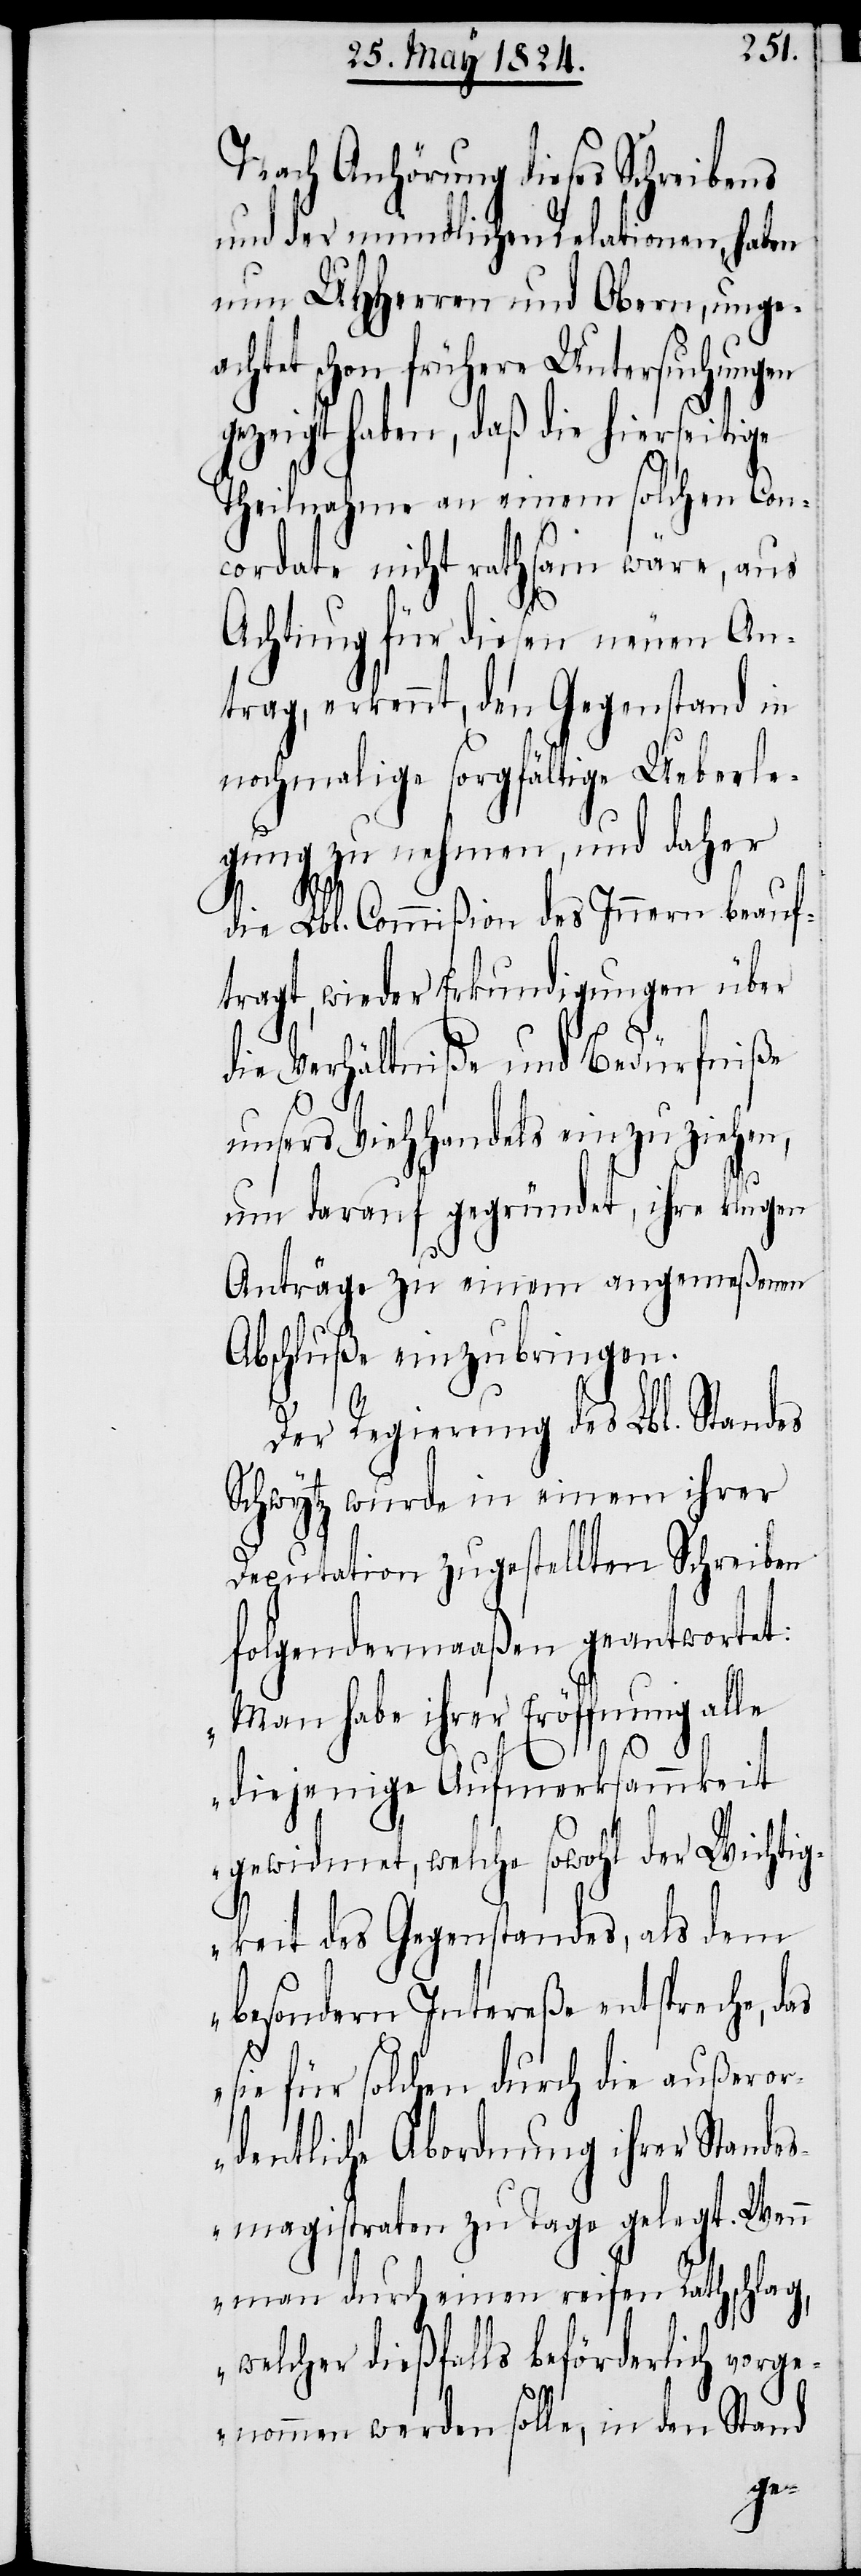
Nach Anhörung dieses Schreibens
und der mündlichen Relationen, haben
nun UHHerren und Obern, ungea¬
tet schon frühere Untersuchungen
gezeigt haben, daß die hierseitige
Theilnahme an einem solchen Con¬
cordate nicht rathsam wäre, aus
Achtung für diesen neuen An¬
trag, erkennt, den Gegenstand in
nochmalige sorgfältige Ueberle¬
gung zu nehmen, und daher
die Lbl. Commißion des Innern beauf¬
tragt, wieder Erkundigungen über
die Verhältniße und Bedürfniße
ch¬
unsers Viehhandels einzuziehen,
um darauf gegründet ihre klugen
Anträge zu einem angemeßenen
Abschluße einzubringen.
Der Regierung des Lbl. Standes
Schwytz wurde in einem ihrer
Deputation zugestellten Schreiben
folgendermaaßen geantwortet:
„Man habe ihrer Eröffnung alle
diejenige Aufmerksamkeit
gewidmet, welche sowohl der Wichtig¬
keit des Gegenstandes, als dem
besondern Intereße entspreche, das
sie für solchen durch die außeror¬
dentliche Abordnung ihrer Standes¬
magistraten zu Tage gelegt. Wenn
man durch einen reifen Rathschlag,
welcher dießfalls beförderlich vorge¬
nommen werden solle, in den Stand